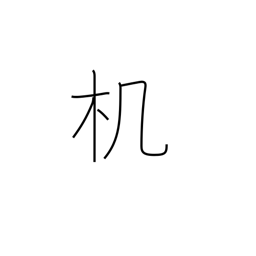
Meaning: desk